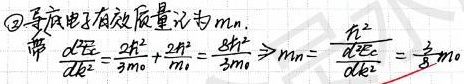
\textcircled{2}导带底电子有效质量记为 \(m_{n}\)。带 \(\frac{d^{2}E}{dk^{2}}=\frac{2\hbar^{2}}{3m_{0}}+\frac{2\hbar^{2}}{m_{0}}=\frac{8\hbar^{2}}{3m_{0}}\)，由此可得 \(m_{n}=\frac{d^{2}E_{C}}{dk^{2}}=\frac{3}{8}m_{0}\)